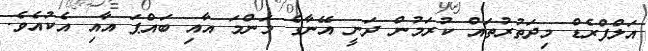
އަލްފްރެޑް މިދަތުރުތައް ކުރަމުން ދަނީ އޭނާގެ މަންމަ އާއި ބައްޕަ އާއި އެކުއެވެ.